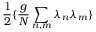
\frac { 1 } { 2 } \{ \frac { g } { N } \sum _ { n , m } \lambda _ { n } \lambda _ { m } \}